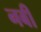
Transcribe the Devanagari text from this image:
नबीं